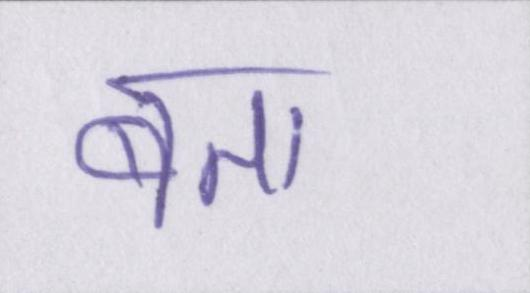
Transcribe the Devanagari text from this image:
बता